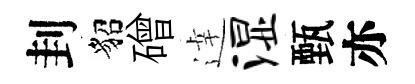
刲貂磳逹湿甄亦